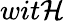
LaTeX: wit\mathcal{H}